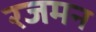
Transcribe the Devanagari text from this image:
रजमन